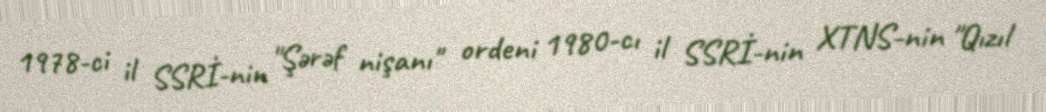
1978-ci il SSRİ-nin "Şərəf nişanı" ordeni 1980-cı il SSRİ-nin XTNS-nin "Qızıl